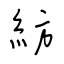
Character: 紡